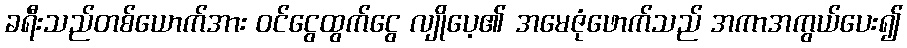
ခရီးသည်တစ်ယောက်အား ဝင်ငွေထွက်ငွေ လျိုပေ့၏ အမေဇုံဖောက်သည် အကာအကွယ်ပေး၍